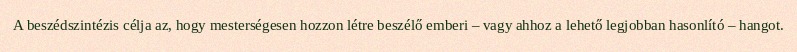
A beszédszintézis célja az, hogy mesterségesen hozzon létre beszélő emberi – vagy ahhoz a lehető legjobban hasonlító – hangot.